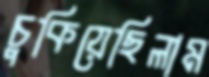
চুকিয়েছিলাম